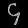
Digit: ၄